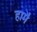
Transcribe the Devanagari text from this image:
हामै